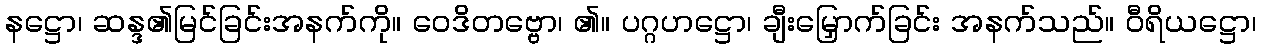
နဋ္ဌော၊ ဆန္ဒ၏မြင်ခြင်းအနက်ကို။ ဝေဒိတဗ္ဗော၊ ၏။ ပဂ္ဂဟဋ္ဌော၊ ချီးမြှောက်ခြင်း အနက်သည်။ ဝီရိယဋ္ဌော၊